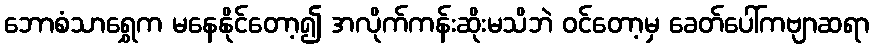
ဘောစံသာရွှေက မနေနိုင်တော့၍ အလိုက်ကန်းဆိုးမသိဘဲ ဝင်တော့မှ ခေတ်ပေါ်ကဗျာဆရာ